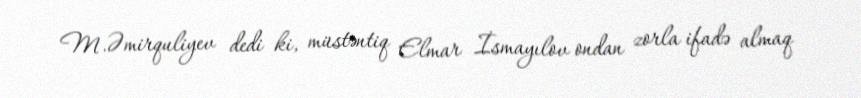
M.Əmirquliyev dedi ki, müstəntiq Elmar İsmayılov ondan zorla ifadə almaq